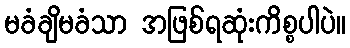
မခံချိမခံသာ အဖြစ်ရဆုံးကိစ္စပါပဲ။